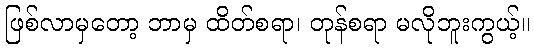
ဖြစ်လာမှတော့ ဘာမှ ထိတ်စရာ၊ တုန်စရာ မလိုဘူးကွယ့်။